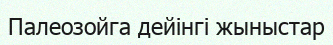
Палеозойга дейінгі жыныстар